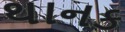
થાનક